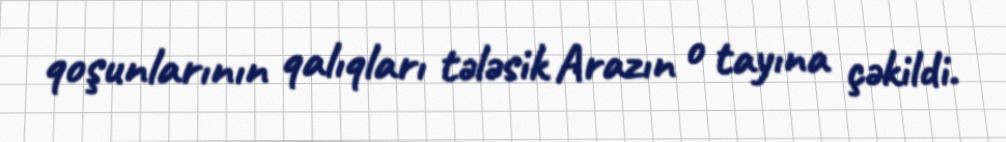
qoşunlarının qalıqları tələsik Arazın o tayına çəkildi.